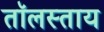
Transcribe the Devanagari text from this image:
तॉलस्ताय